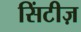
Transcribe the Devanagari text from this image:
सिंटीज़